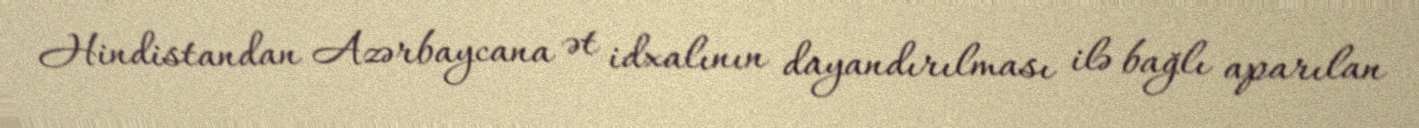
Hindistandan Azərbaycana ət idxalının dayandırılması ilə bağlı aparılan